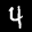
Label: 4